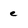
Character: e